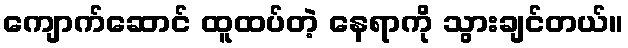
ကျောက်ဆောင် ထူထပ်တဲ့ နေရာကို သွားချင်တယ်။